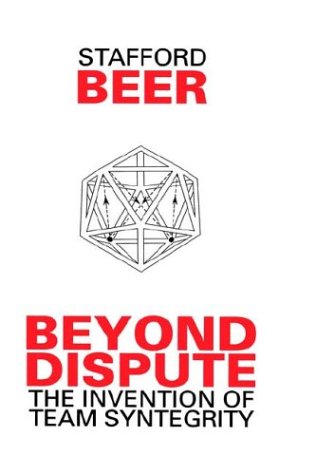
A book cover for Beyond Dispute: The Invention of Team Syntegrity; Stafford Beer; Computers & Technology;